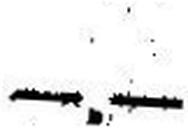
—.—